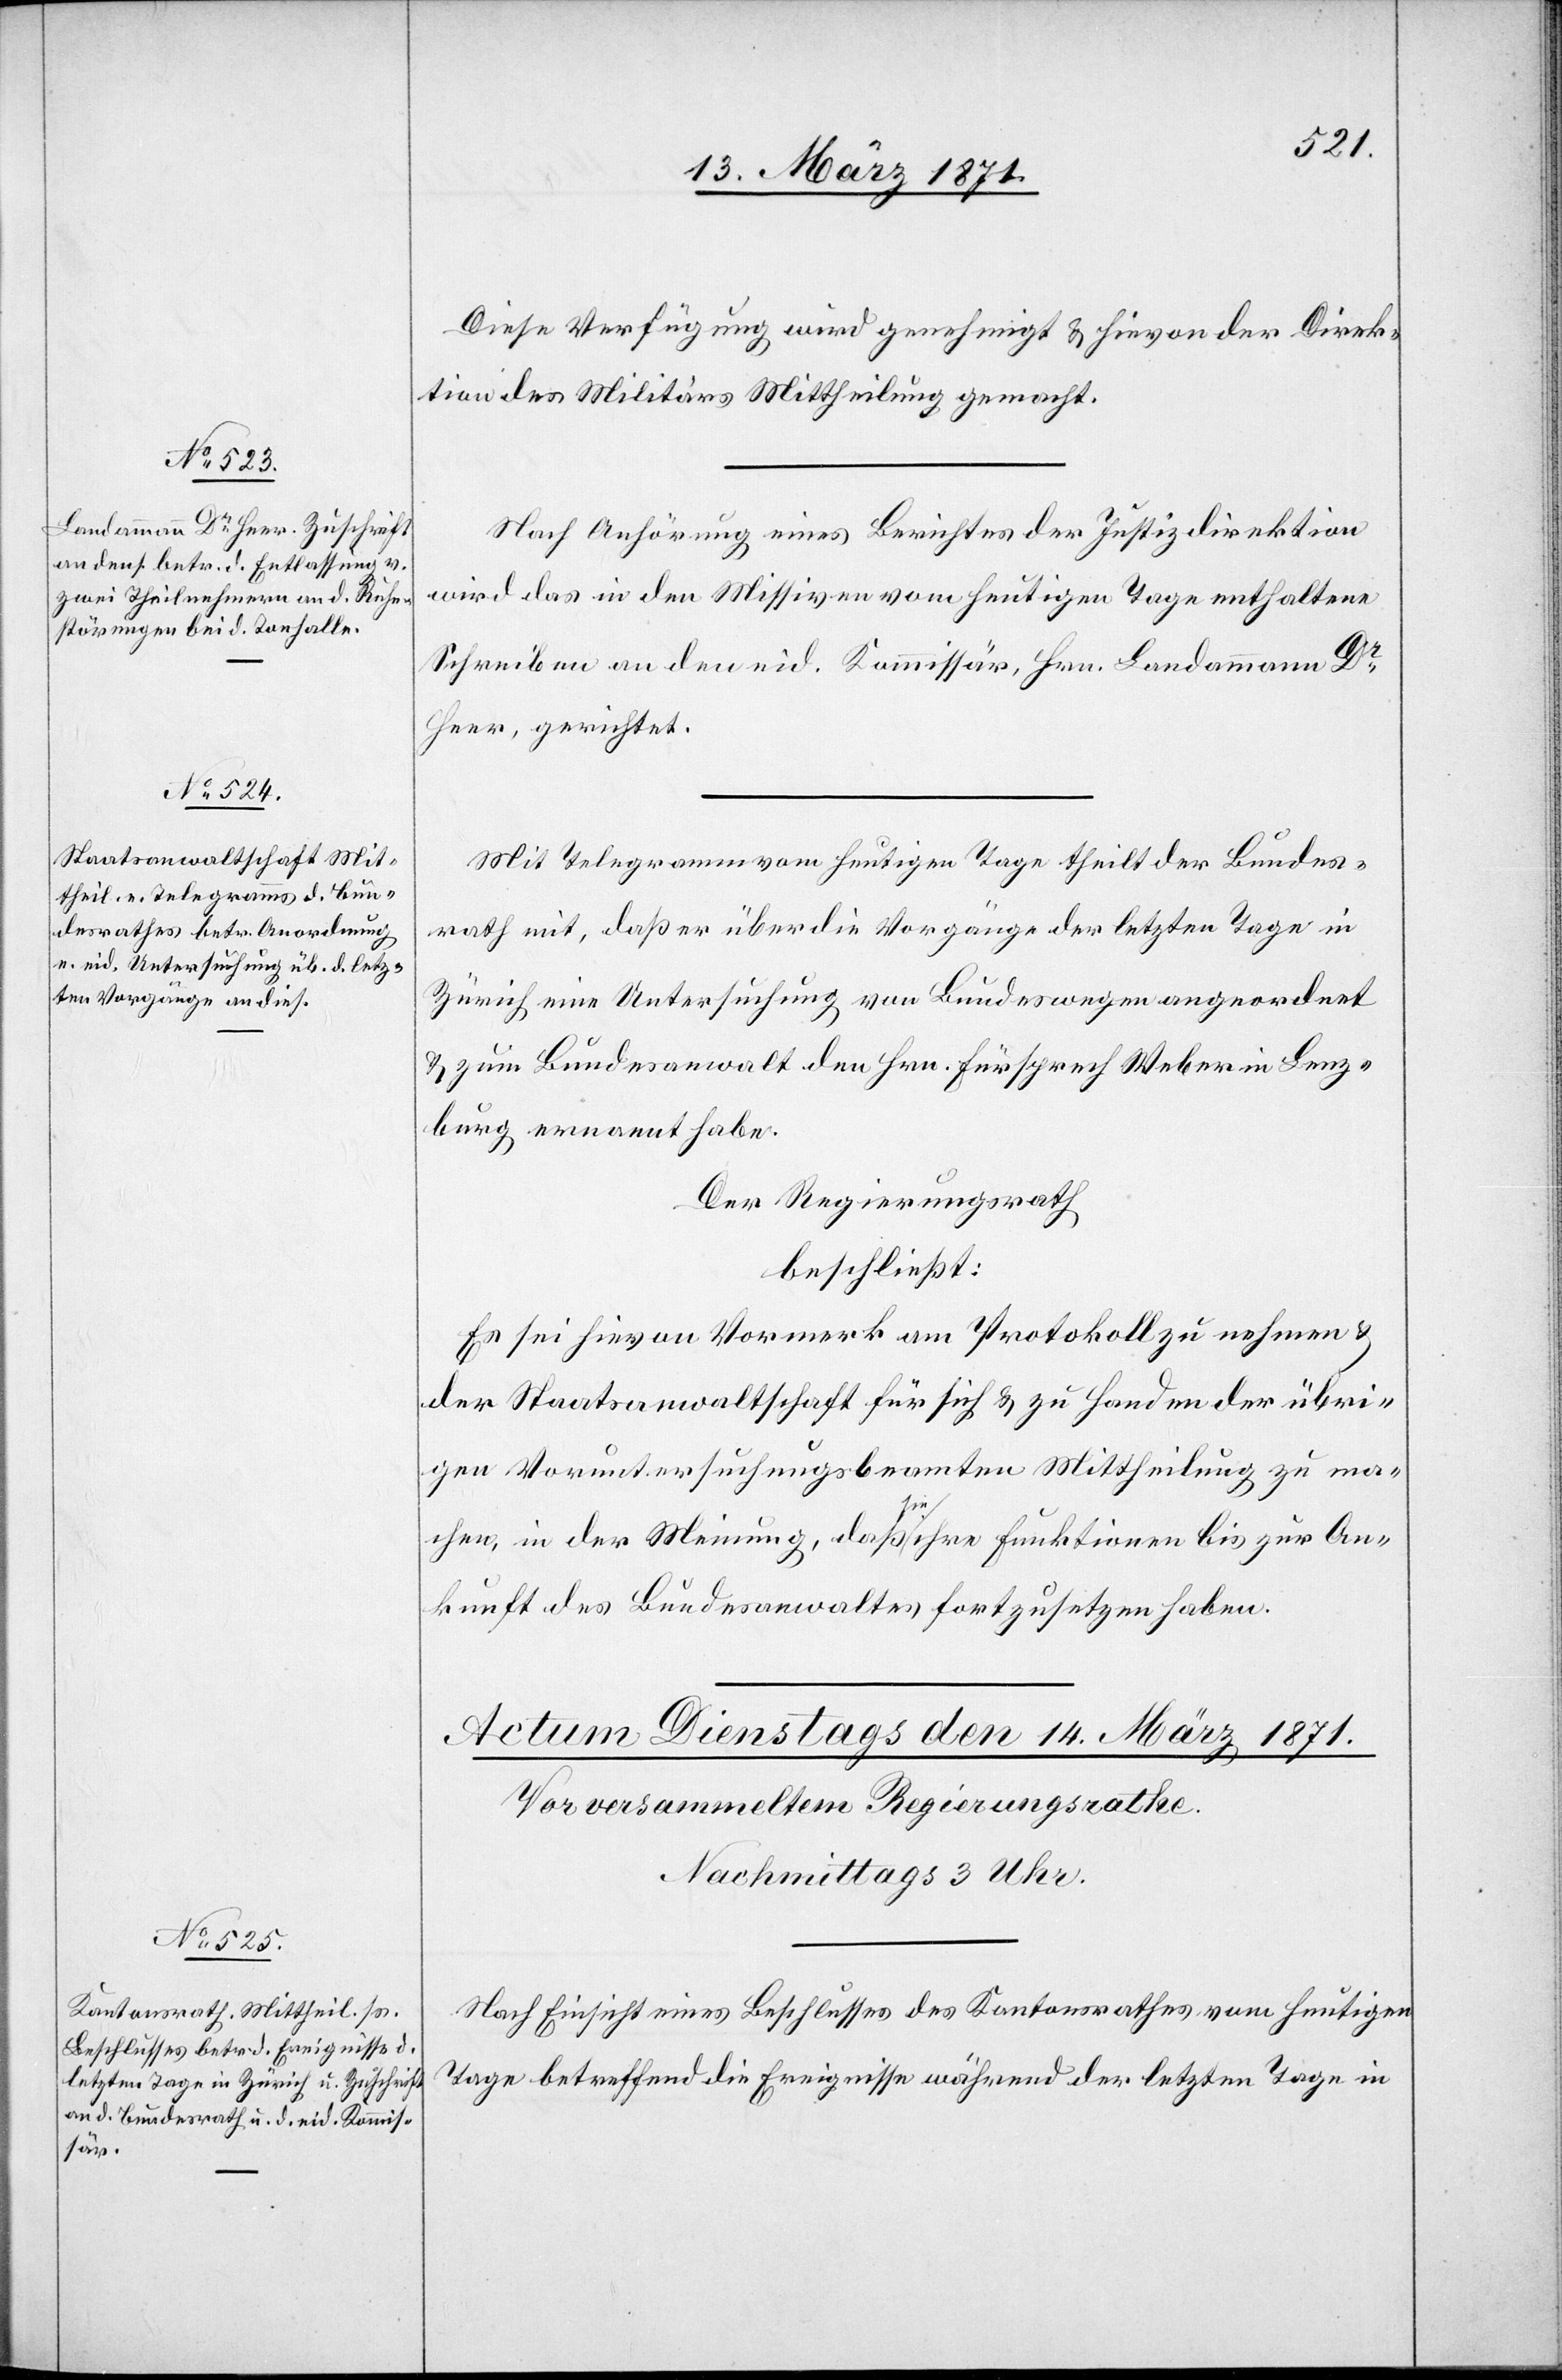
Diese Verfügung wird genehmigt u. hievon der Direk¬
tion des Militärs Mittheilung gemacht.
Nach Anhörung eines Berichtes der Justizdirektion
wird das in den Missiven vom heutigen Tage enthaltene
Schreiben an den eid. Kommissär, Hrn. Landammann Dr.
Heer, gerichtet.
Mit Telegramm vom heutigen Tage theilt der Bundes¬
rath mit, daß er über die Vorgänge der letzten Tage in
Zürich eine Untersuchung von Bundeswegen angeordnet
u. zum Bundesanwalt den Hrn. Fürsprech Weber in Lenz¬
burg ernannt habe.
Der Regierungsrath
beschließt:
Es sei hievon Vormerk am Protokoll zu nehmen u.
der Staatsanwaltschaft für sich u. zu Handen der übri¬
gen Voruntersuchungsbeamten Mittheilung zu ma¬
chen, in der Meinung, daß sie ihre Funktionen bis zur An¬
kunft des Bundesanwaltes fortzusetzen haben.
Nach Einsicht eines Beschlusses des Kantonsrathes vom heutigen
Tage betreffend die Ereignisse während der letzten Tage in